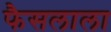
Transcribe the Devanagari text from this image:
फैसलाला